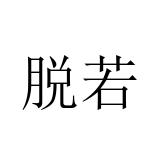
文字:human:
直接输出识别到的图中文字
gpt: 脱若